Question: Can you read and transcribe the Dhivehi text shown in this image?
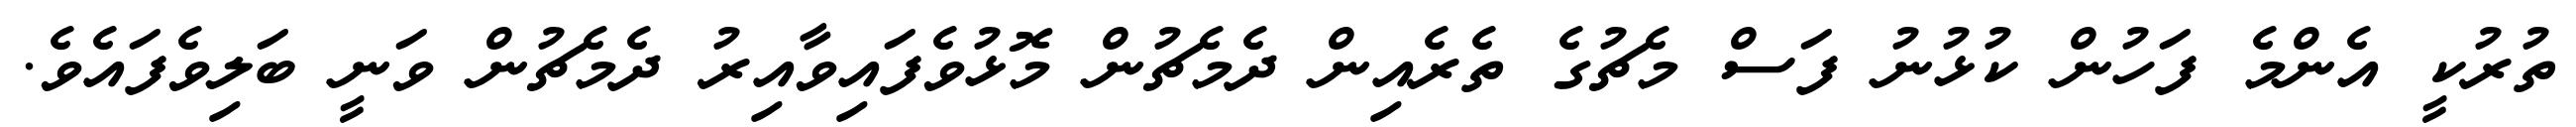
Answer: ތުރުކީ އެންމެ ފަހުން ކުޅުނު ފަސް މެޗުގެ ތެރެއިން ދެމެޗުން މޮޅުވެފައިވާއިރު ދެމެޗުން ވަނީ ބަލިވެފައެވެ.